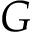
G